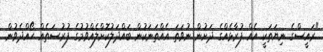
"ރައީސްގެ ނިޔަތަކީ އެއް ފުރާޅެއްގެ ދަށުން ނުވަތަ އެއްތަނަކުން ބައްދަލުކޮށްލެއްވުމުގެ ފުރުސަތެއް ހޯއްދެވުން.